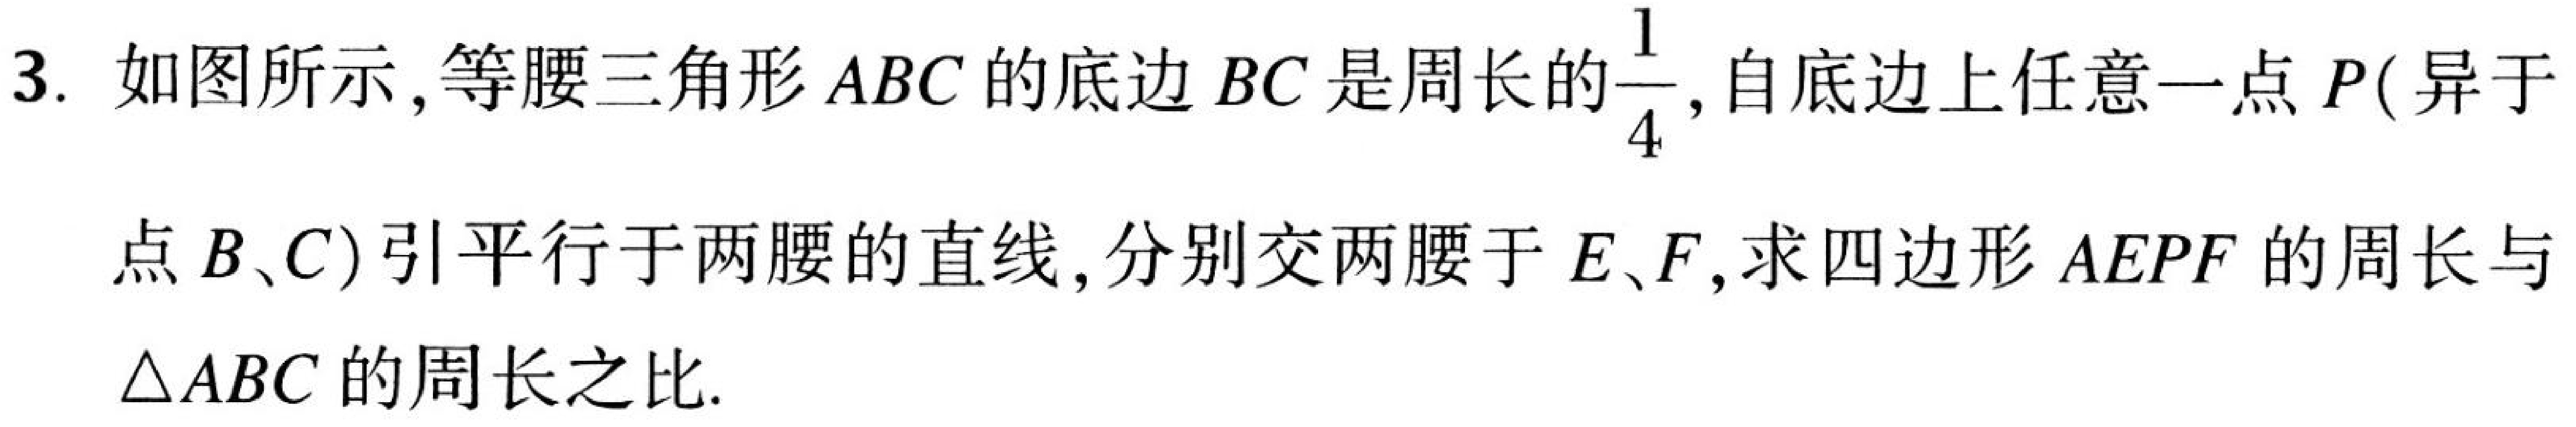
3. 如图所示,等腰三角形\(ABC\)的底边\(BC\)是周长的\(\dfrac{1}{4}\),自底边上任意一点\(P\)(异于点\(B、C\))引平行于两腰的直线,分别交两腰于\(E、F\),求四边形\(AEPF\)的周长与\(\triangle ABC\)的周长之比.